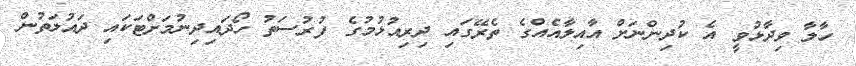
ހާލާ ވިދާޅުވީ އެ ކުދިންނަށް އާއިލާއެއްގެ ތެރޭގައި ދިރިއުޅުމުގެ ފުރުސަތު ހޯދައިދިނުމަށްޓަކައި ދައުލަތުން